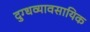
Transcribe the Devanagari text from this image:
दुग्धव्यावसायिक